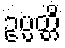
ဥပ္ပတ္တိ